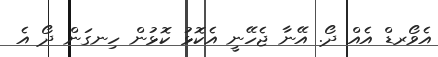
އެވޯރޑް އެއް ދޯ. އޭނާ ޖެހޭނީ އެކޮޅު ކޮޅުން ހިނގަން ދޯ އެ